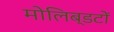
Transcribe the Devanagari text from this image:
मोलिब्डटों